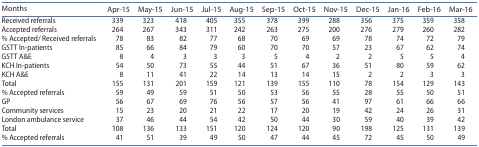
| Months | Apr-15 | May-15 | Jun-15 | Jul-15 | Aug-15 | Sep-15 | Oct-15 | Nov-15 | Dec-15 | Jan-16 | Feb-16 | Mar-16 |
 | --- | --- | --- | --- | --- | --- | --- | --- | --- | --- | --- | --- | --- |
 | Received referrals | 339 | 323 | 418 | 405 | 355 | 378 | 399 | 288 | 356 | 375 | 359 | 358 |
 | Accepted referrals | 264 | 267 | 343 | 311 | 242 | 263 | 275 | 200 | 276 | 279 | 260 | 282 |
 | % Accepted/ Received referrals | 78 | 83 | 82 | 77 | 68 | 70 | 69 | 69 | 78 | 74 | 72 | 79 |
 | GSTT In-patients | 85 | 66 | 84 | 79 | 60 | 70 | 70 | 57 | 23 | 67 | 62 | 74 |
 | GSTT A&E | 8 | 4 | 3 | 3 | 3 | 5 | 4 | 2 | 2 | 5 | 5 | 4 |
 | KCH In-patients | 54 | 50 | 73 | 55 | 44 | 51 | 67 | 36 | 51 | 80 | 59 | 62 |
 | KCH A&E | 8 | 11 | 41 | 22 | 14 | 13 | 14 | 15 | 2 | 2 | 3 | 3 |
 | Total | 155 | 131 | 201 | 159 | 121 | 139 | 155 | 110 | 78 | 154 | 129 | 143 |
 | % Accepted referrals | 59 | 49 | 59 | 51 | 50 | 53 | 56 | 55 | 28 | 55 | 50 | 51 |
 | GP | 56 | 67 | 69 | 76 | 56 | 57 | 56 | 41 | 97 | 61 | 66 | 66 |
 | Community services | 15 | 23 | 20 | 21 | 22 | 17 | 20 | 19 | 42 | 24 | 26 | 31 |
 | London ambulance service | 37 | 46 | 44 | 54 | 42 | 50 | 44 | 30 | 59 | 40 | 39 | 42 |
 | Total | 108 | 136 | 133 | 151 | 120 | 124 | 120 | 90 | 198 | 125 | 131 | 139 |
 | % Accepted referrals | 41 | 51 | 39 | 49 | 50 | 47 | 44 | 45 | 72 | 45 | 50 | 49 |